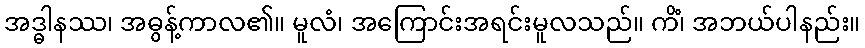
အဒ္ဓါနဿ၊ အဓွန့်ကာလ၏။ မူလံ၊ အကြောင်းအရင်းမူလသည်။ ကိံ၊ အဘယ်ပါနည်း။